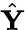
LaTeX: \hat{\textbf{Y}}